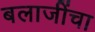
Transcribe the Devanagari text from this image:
बलाजींचा